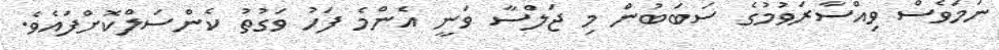
ނަމަވެސް ވިއްސާރަވުމުގެ ސަބަބުން މި ޖަލްސާ ވަނީ އެންމެ ފަހު ވަގުތު ކެންސަލްކޮށްފައެވެ.